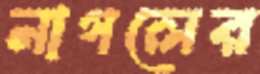
নাগলের